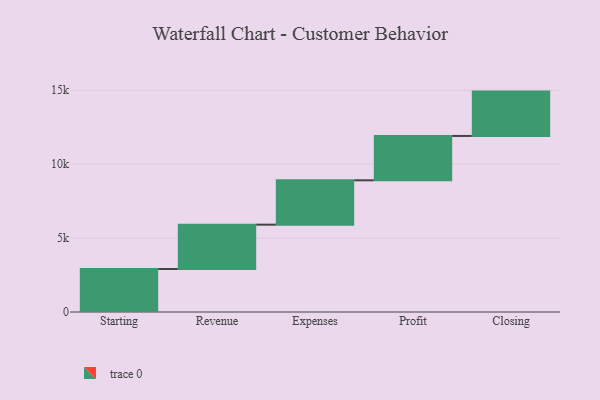
{"axis": {"x": "Step", "y": "Value"}, "legend": [""], "data": [{"x": "Starting", "y": 2908.0, "type": ""}, {"x": "Revenue", "y": 3000, "type": ""}, {"x": "Expenses", "y": 3000, "type": ""}, {"x": "Profit", "y": 3000, "type": ""}, {"x": "Closing", "y": 3000, "type": ""}]}